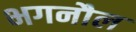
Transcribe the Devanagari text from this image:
भगनौल